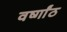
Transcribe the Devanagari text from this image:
वर्ष्गांठ